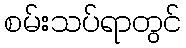
စမ်းသပ်ရာတွင်